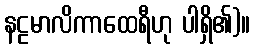
နဠမာလိကာထေရီဟု ပါရှိ၏)။